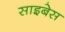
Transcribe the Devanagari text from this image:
साइबेस